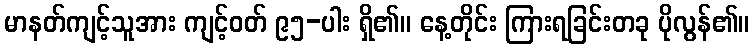
မာနတ်ကျင့်သူအား ကျင့်ဝတ် ၉၅-ပါး ရှိ၏။ နေ့တိုင်း ကြားရခြင်းတခု ပိုလွန်၏။